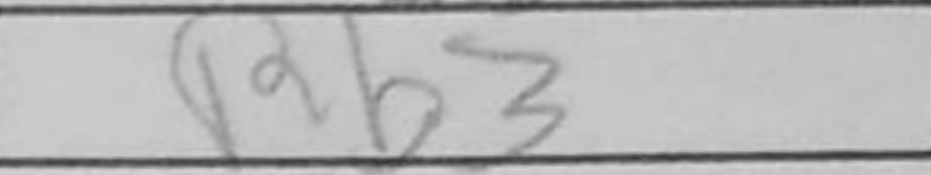
Transcription: Rb3